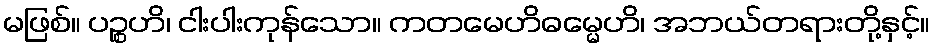
မဖြစ်။ ပဉ္စဟိ၊ ငါးပါးကုန်သော။ ကတမေဟိဓမ္မေဟိ၊ အဘယ်တရားတို့နှင့်။